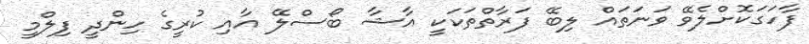
ފާހަގަކޮށްލެވޭ ވަނަތައް ލިބޭ ފަރާތްތަކަކީ އާޝާ ބޯސްލޭ އާއި ކުރީގެ ހިންދީ ފިލްމީ